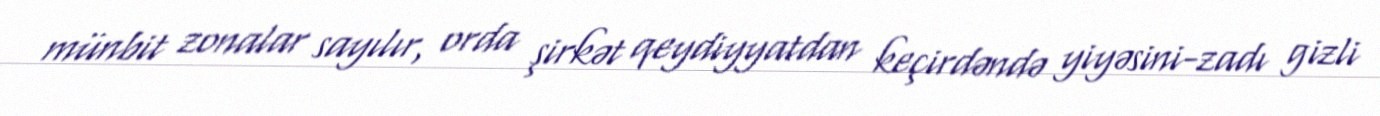
münbit zonalar sayılır, orda şirkət qeydiyyatdan keçirdəndə yiyəsini-zadı gizli